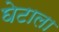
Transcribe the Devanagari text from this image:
घेटाला